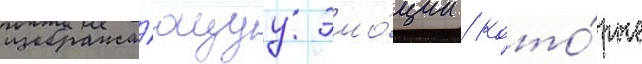
изобража́ющуу эмо́ции / кото́рые